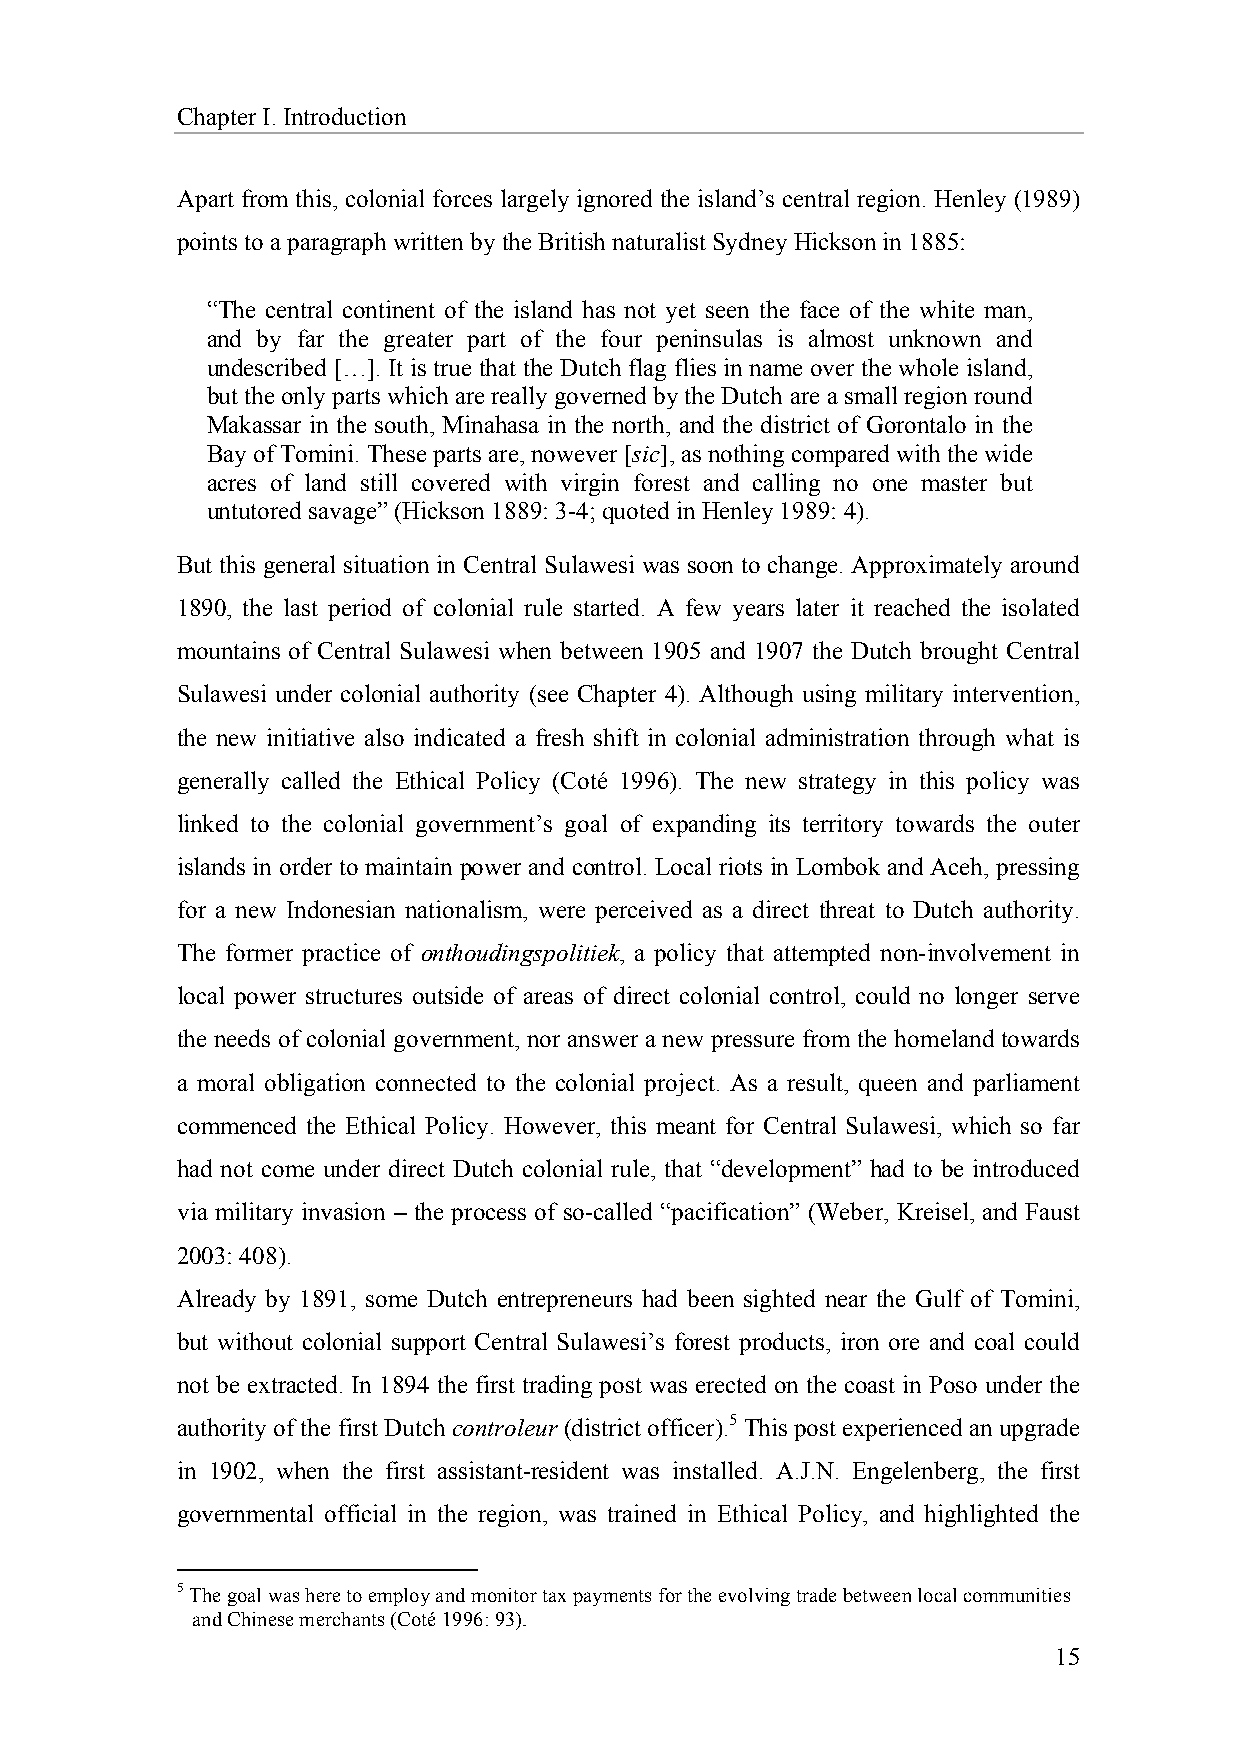
Chapter I. Introduction
 Apart from this, colonial forces largely ignored the island’s central region. Henley (1989)
 points to a paragraph written by the British naturalist Sydney Hickson in 1885:
 “The central continent of the island has not yet seen the face of the white man,
 and by far the greater part of the four peninsulas is almost unknown and
 undescribed […]. It is true that the Dutch flag flies in name over the whole island,
 but the only parts which are really governed by the Dutch are a small region round
 Makassar in the south, Minahasa in the north, and the district of Gorontalo in the
 Bay of Tomini. These parts are, nowever [sic], as nothing compared with the wide
 acres of land still covered with virgin forest and calling no one master but
 untutored savage” (Hickson 1889: 3-4; quoted in Henley 1989: 4).
 But this general situation in Central Sulawesi was soon to change. Approximately around
 1890, the last period of colonial rule started. A few years later it reached the isolated
 mountains of Central Sulawesi when between 1905 and 1907 the Dutch brought Central
 Sulawesi under colonial authority (see Chapter 4). Although using military intervention,
 the new initiative also indicated a fresh shift in colonial administration through what is
 generally called the Ethical Policy (Coté 1996). The new strategy in this policy was
 linked to the colonial government’s goal of expanding its territory towards the outer
 islands in order to maintain power and control. Local riots in Lombok and Aceh, pressing
 for a new Indonesian nationalism, were perceived as a direct threat to Dutch authority.
 The former practice of onthoudingspolitiek, a policy that attempted non-involvement in
 local power structures outside of areas of direct colonial control, could no longer serve
 the needs of colonial government, nor answer a new pressure from the homeland towards
 a moral obligation connected to the colonial project. As a result, queen and parliament
 commenced the Ethical Policy. However, this meant for Central Sulawesi, which so far
 had not come under direct Dutch colonial rule, that “development” had to be introduced
 via military invasion – the process of so-called “pacification” (Weber, Kreisel, and Faust
 2003: 408).
 Already by 1891, some Dutch entrepreneurs had been sighted near the Gulf of Tomini,
 but without colonial support Central Sulawesi’s forest products, iron ore and coal could
 not be extracted. In 1894 the first trading post was erected on the coast in Poso under the
 authority of the first Dutch controleur (district officer).5 This post experienced an upgrade
 in 1902, when the first assistant-resident was installed. A.J.N. Engelenberg, the first
 governmental official in the region, was trained in Ethical Policy, and highlighted the
 5 The goal was here to employ and monitor tax payments for the evolving trade between local communities
 and Chinese merchants (Coté 1996: 93).
 15